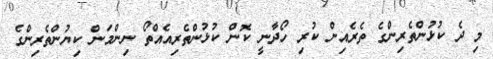
މި ދެ ކުޅުންތެރިންގެ ތެރެއިން ކުރި ހޯދާނީ ކޮން ކުޅުންތެރިއެއްތޯ ނިންމަން ކިޔުންތެރިންގެ